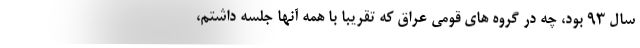
سال 93 بود، چه در گروه های قومی عراق که تقریبا با همه آنها جلسه داشتم،